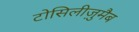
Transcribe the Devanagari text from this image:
टोसिलीज़ुमैब